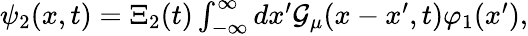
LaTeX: \begin{array}{r}{\psi_{2}(x,t)=\Xi_{2}(t)\int_{-\infty}^{\infty}dx^{\prime}{\cal{G}}_{\mu}(x-x^{\prime},t)\varphi_{1}(x^{\prime}),}\end{array}